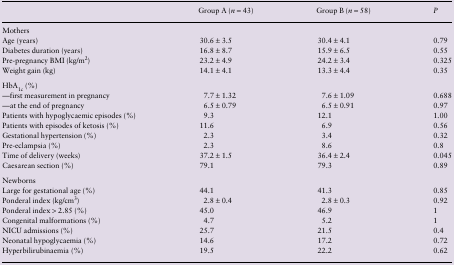
|  | Group A (n = 43) | Group B (n = 58) | P |
 | --- | --- | --- | --- |
 | <COLSPAN=4> Mothers |
 | Age (years) | 30.6 ± 3.5 | 30.4 ± 4.1 | 0.79 |
 | Diabetes duration (years) | 16.8 ± 8.7 | 15.9 ± 6.5 | 0.55 |
 | Pre-pregnancy BMI (kg/m2) | 23.2 ± 4.9 | 24.2 ± 3.4 | 0.325 |
 | Weight gain (kg) | 14.1 ± 4.1 | 13.3 ± 4.4 | 0.35 |
 | <COLSPAN=4> HbA1c (%) |
 | —first measurement in pregnancy | 7.7 ± 1.32 | 7.6 ± 1.09 | 0.688 |
 | —at the end of pregnancy | 6.5 ± 0.79 | 6.5 ± 0.91 | 0.97 |
 | Patients with hypoglycaemic episodes (%) | 9.3 | 12.1 | 1.00 |
 | Patients with episodes of ketosis (%) | 11.6 | 6.9 | 0.56 |
 | Gestational hypertension (%) | 2.3 | 3.4 | 0.32 |
 | Pre-eclampsia (%) | 2.3 | 8.6 | 0.8 |
 | Time of delivery (weeks) | 37.2 ± 1.5 | 36.4 ± 2.4 | 0.045 |
 | Caesarean section (%) | 79.1 | 79.3 | 0.89 |
 | <COLSPAN=4> Newborns |
 | Large for gestational age (%) | 44.1 | 41.3 | 0.85 |
 | Ponderal index (kg/cm3) | 2.8 ± 0.4 | 2.8 ± 0.3 | 0.92 |
 | Ponderal index > 2.85 (%) | 45.0 | 46.9 | 1 |
 | Congenital malformations (%) | 4.7 | 5.2 | 1 |
 | NICU admissions (%) | 25.7 | 21.5 | 0.4 |
 | Neonatal hypoglycaemia (%) | 14.6 | 17.2 | 0.72 |
 | Hyperbilirubinaemia (%) | 19.5 | 22.2 | 0.62 |